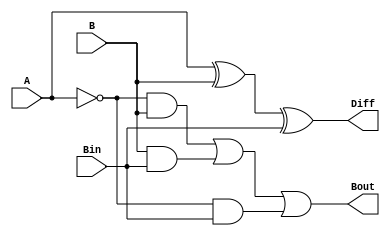
module Subtractor(A,B,Bin,Diff,Bout);
input A,B,Bin;
output  Diff,Bout;
assign Diff=A^B^Bin;
assign Bout=(~A&B)|(B&Bin)| (~A&Bin);
endmodule